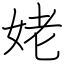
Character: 姥